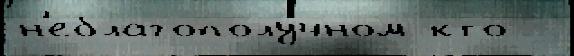
н'еблагополу́чном кто